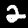
Digit: 2